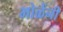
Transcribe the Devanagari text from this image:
भोळेंनी